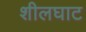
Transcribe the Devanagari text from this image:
शीलघाट